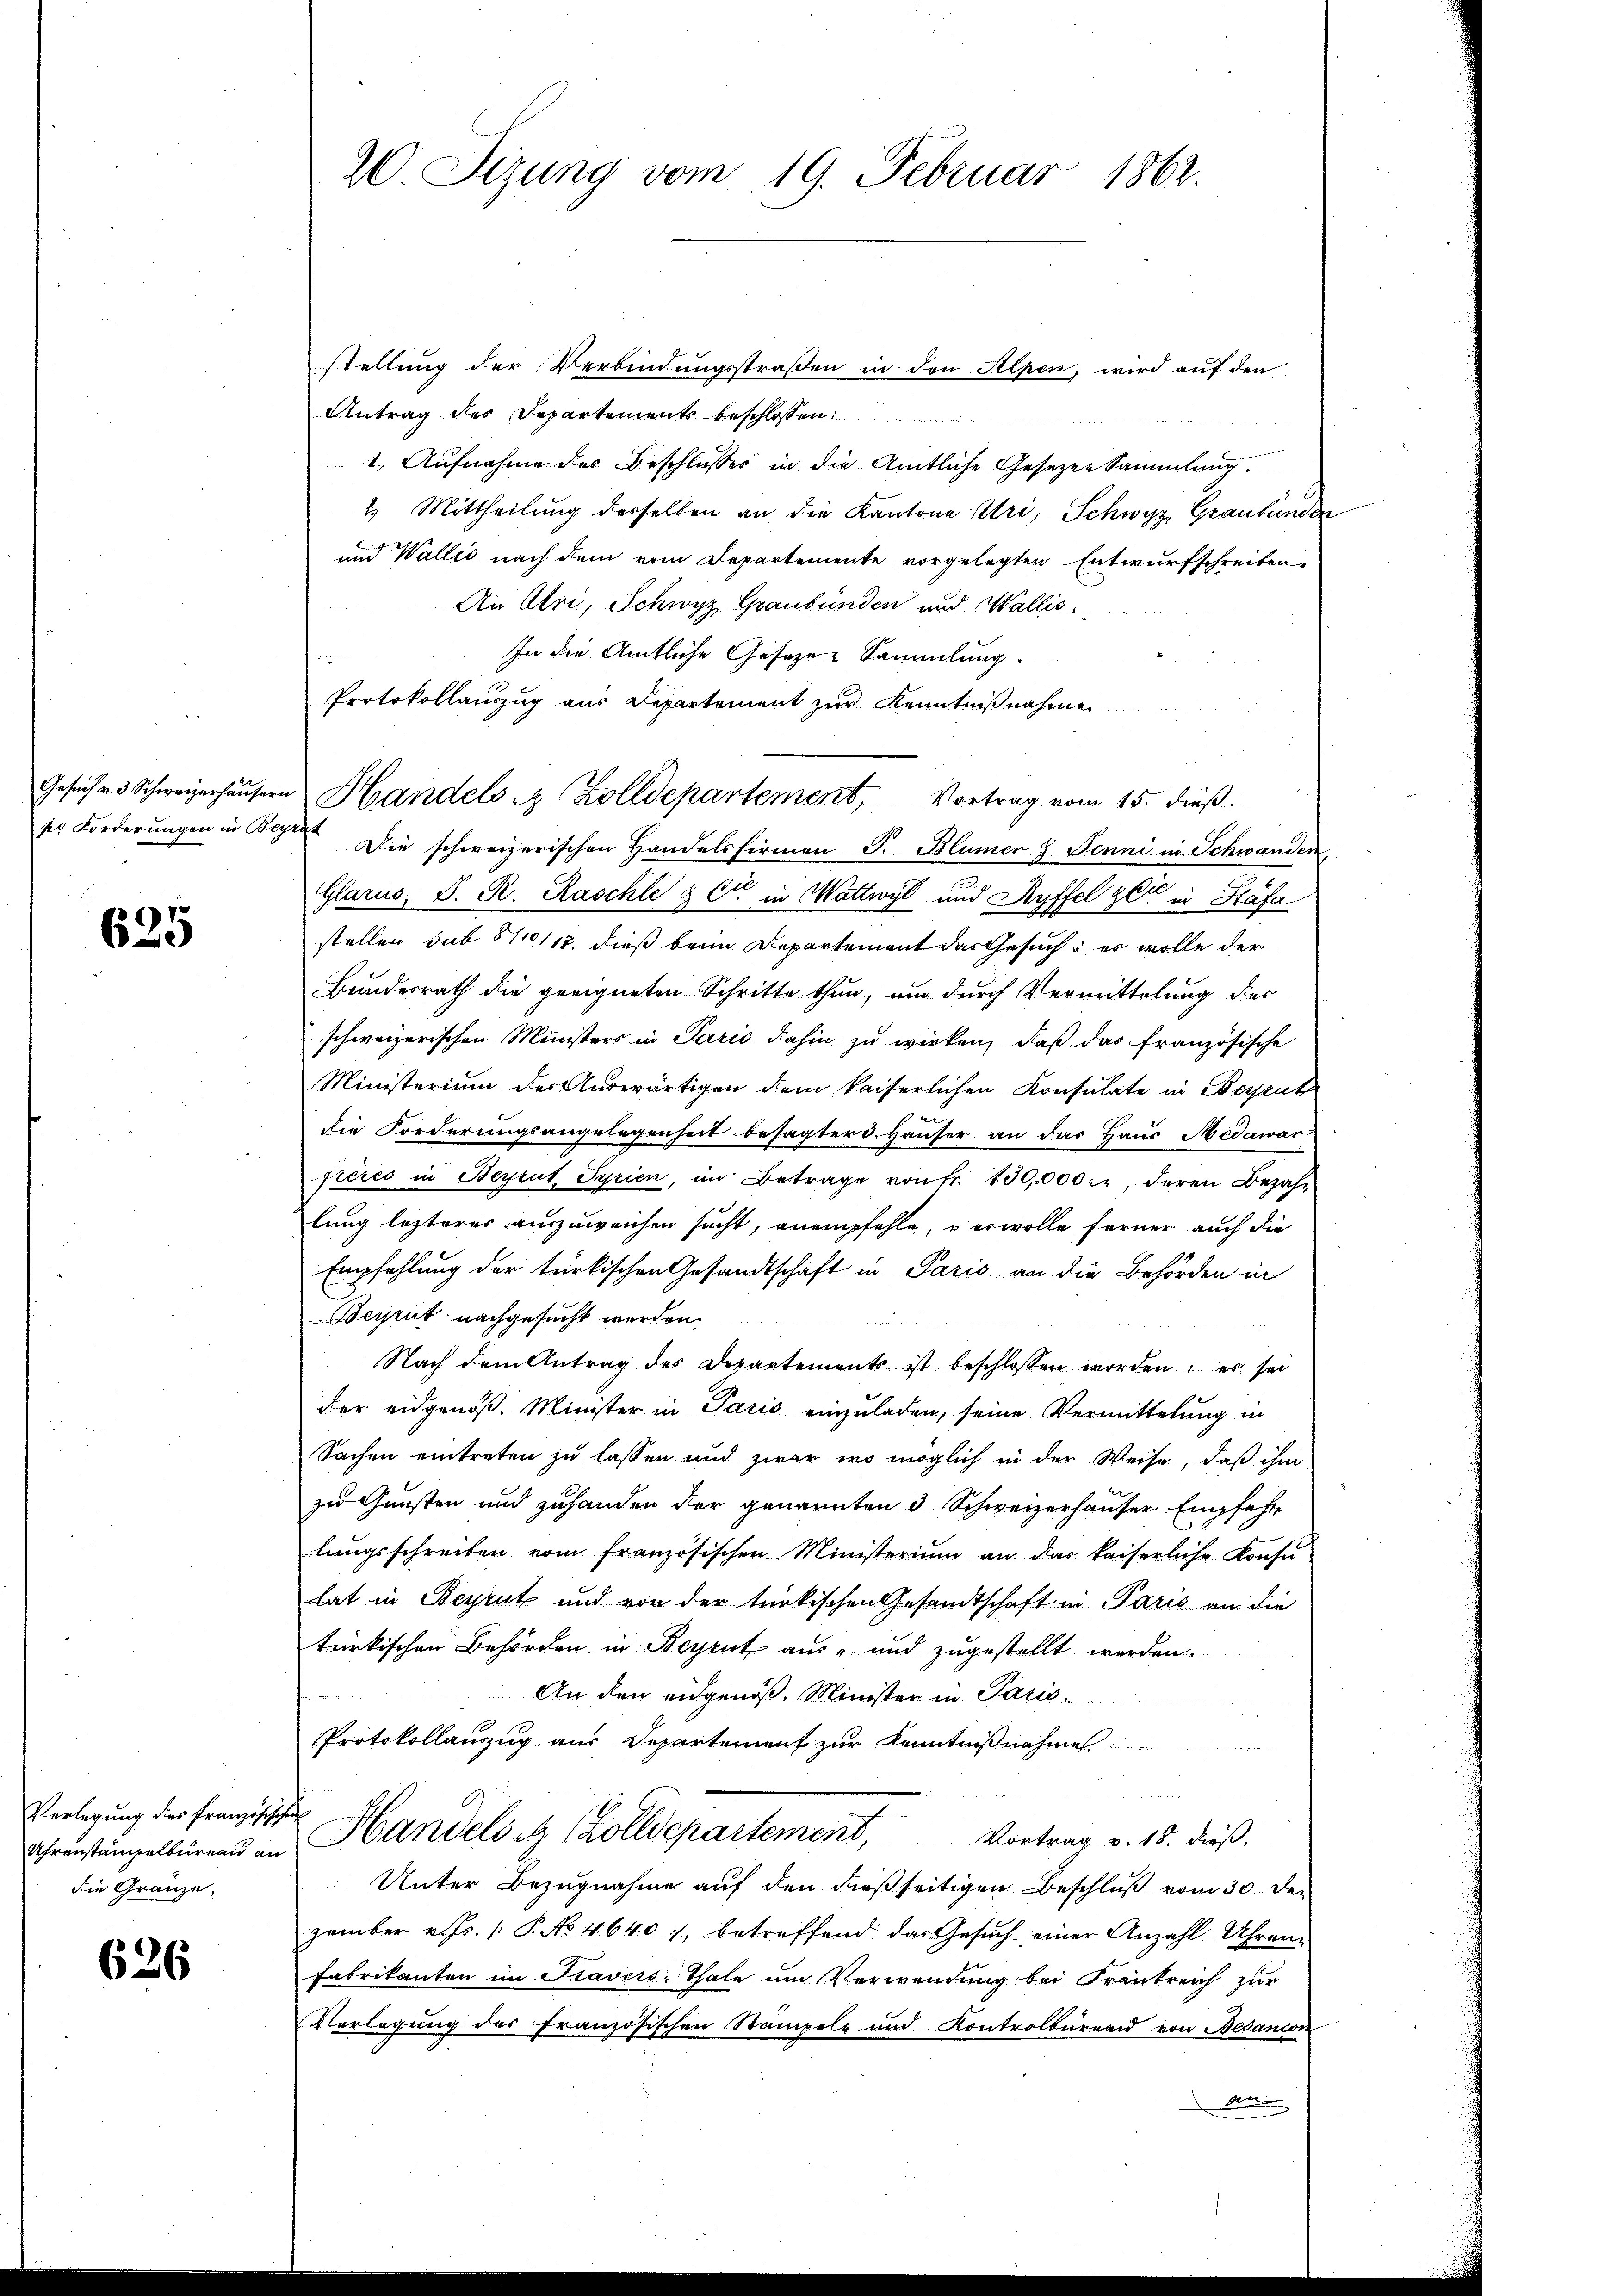
625

Verlegung des Franzischehe
die Gränze.

626

20. Sizung vom 19. Februar 1862.

stellung der Verbindungsstraßen in den Alpen, wird auf den
Antrag des Departements beschlossen:
1. Aufnahme der Beschlusser in die Amtliche Gesetzen Sammlung
2. Mittheilung derselben an die Kantone Uri, Schwyz, Graubünden
und Wallis nach dem vom Departemente vorgelegten Entwurfschreiben
An Uri, Schwyz, Graubünden und Wallis
In die Amtliche Geseze Sammlung.
Protokollauszug aus Departement zur Kenntnißnahme
so Forderungen in Se. Die schweizerischen Handelsfirmen S. Blümer z. Jenni in Schwanden,
Glarus, S. R. Raschli & Cie in Wattwyl und Ryffel ze in Stäfa
stellen sub 811/12. dieß beim Departement das Gesuch: es wolle der
Bundesrath die geeigneten Schritte thun, und durch Vermittelung des
schweizerischen Ministers in Paris dahin zŭ wirken, daβ das französische
Ministerium des Auswärtigen dem kaiserlichen Konsulate in Beruh
die Forderungsangelegenheit besagter d. Häuser an das Haus Medawar
fiérés in Bertut, Syrien, im Betrage von Fr. 100,000 M., deren Bezahlung lezteres auszuweichen sucht, anempfehle, u erwolle Ferner auch die
Empfehlung der türkischen Gesandtschaft in Paris an die Behörden in
Begrit nachgesucht werden.
Nach dem Antrag des Departements ist beschlossen worden: es sei
der eidgenoß. Minister in Paris einzuladen, seine Vermittelung in
Sachen eintreten zu lassen und zwar wo möglich in der Weise, daß ihm
zu Gunsten und zuhanden der genannten 3 Schweizerhauser Empfehr
lungsschreiben vom französischen Ministerium an das kaiserliche Konsu-
lat in Beyrut und von der türkischen Gesandtschaft in Paris an die
türkischen Behörden in Beyrut aus- und zugestellt werden.
An den eidgenöß. Minister in Paris¬
Protokollauszug aus Departement zur Kenntnißnahmes
Uhrenstangelbüren an Handels et (Zolldepartement, Vortrag v. 18. dieß.
Unter Bezugnahme auf den dießseitigen Beschluß vom 30. Dezember v. Js. /: P. No 4640, betreffend das Gesŭch einer Anzahl Uhren-
Fabrikanten im Traveri-Thale um Verwendung bei Frankreich zur
Verlegung des französischen Stämpeln und Kontrolbureau von Bedanion
an

Gesuch v. 3 Schweizerhäusern Handels & Zolldepartement, Vortrag vom 15. dieß.